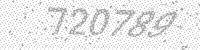
Solution: 720789